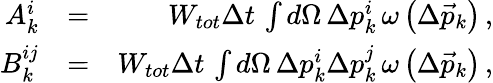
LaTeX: \begin{array}{rlr}{A_{k}^{i}}&{=}&{W_{tot}\Delta t\, \int d\Omega\, \Delta p_{k}^{i}\, \omega\left(\Delta\vec{p}_{k}\right)\, ,}\\ {B_{k}^{ij}}&{=}&{W_{tot}\Delta t\, \int d\Omega\, \Delta p_{k}^{i}\Delta p_{k}^{j}\, \omega\left(\Delta\vec{p}_{k}\right)\, ,}\end{array}